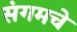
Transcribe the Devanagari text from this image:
संगमचे